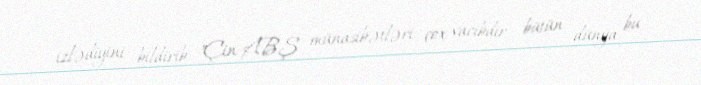
izlədiyini bildirib: "Çin-ABŞ münasibətləri çox vacibdir, bütün dünya bu